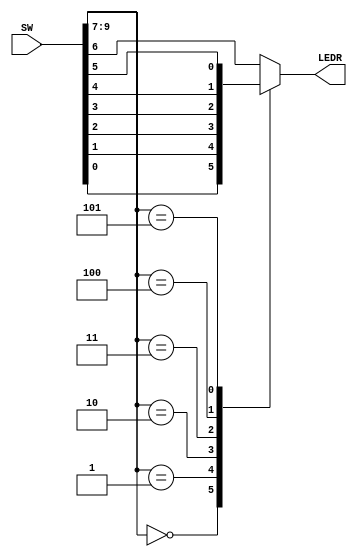
module seven_to_one_multiplexer(SW, LEDR);
	input [9:0] SW;
	output [0:0] LEDR;
	reg Out;
	
	wire [9:0] SW;
	
	always @(*)
	begin
		case(SW[9:7])
			3'b000: Out = SW[0];
			3'b001: Out = SW[1];
			3'b010: Out = SW[2];
			3'b011: Out = SW[3];
			3'b100: Out = SW[4];
			3'b101: Out = SW[5];
			3'b110: Out = SW[6];
			default: Out = SW[6];
		endcase
	end
	assign LEDR[0]= Out;
	
endmodule